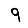
Digit: 9